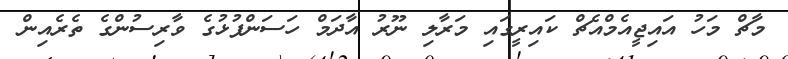
މާޗް މަހު އައިޖީއެމްއެޗް ކައިރީގައި މަރާލި ނޫރު އާދަމް ހަސަންފުޅުގެ ވާރިސުންގެ ތެރެއިން